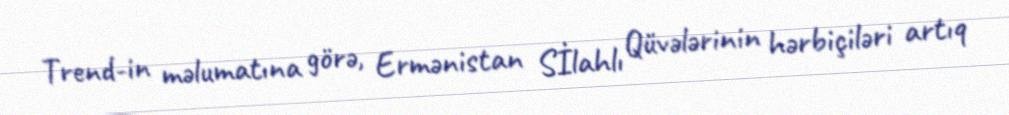
Trend-in məlumatına görə, Ermənistan Sİlahlı Qüvələrinin hərbiçiləri artıq